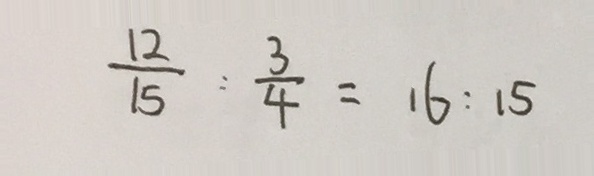
\frac { 1 2 } { 1 5 } : \frac { 3 } { 4 } = 1 6 : 1 5